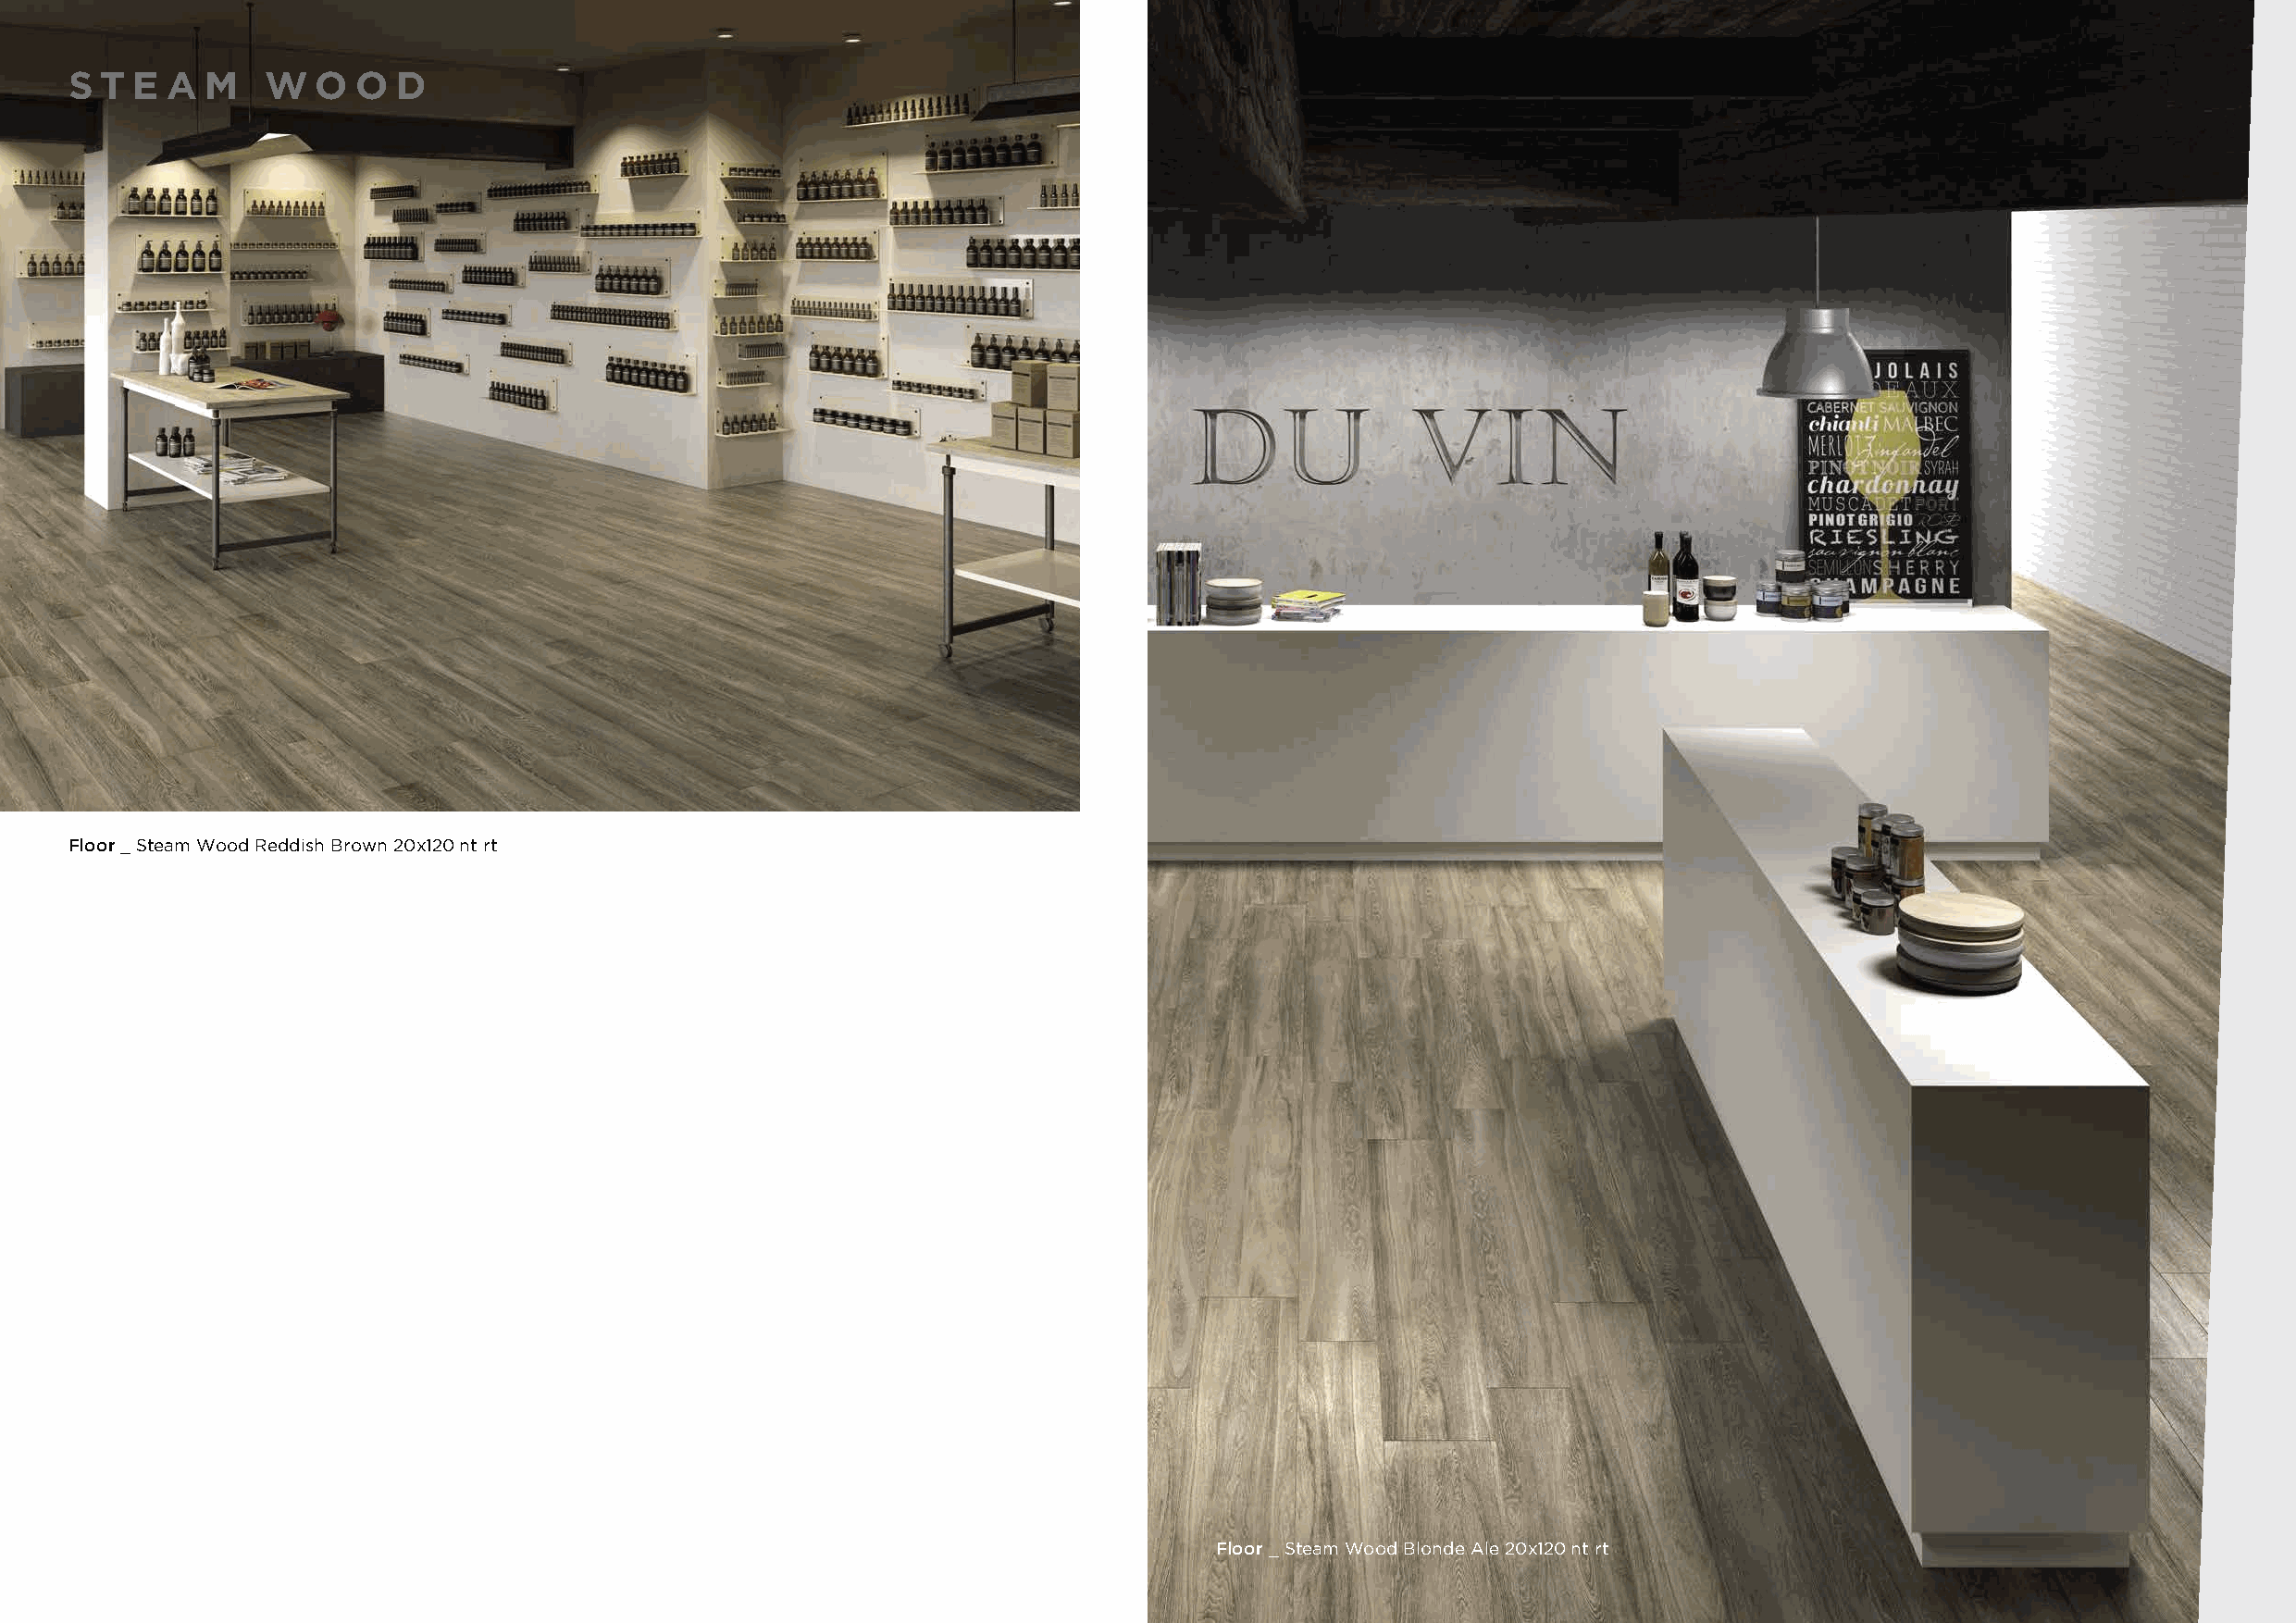
S T  E A  M   W   O O  D
 Floor _ Steam Wood Reddish Brown 20x120 nt rt
 Floor _ Steam Wood Blonde Ale 20x120 nt rt